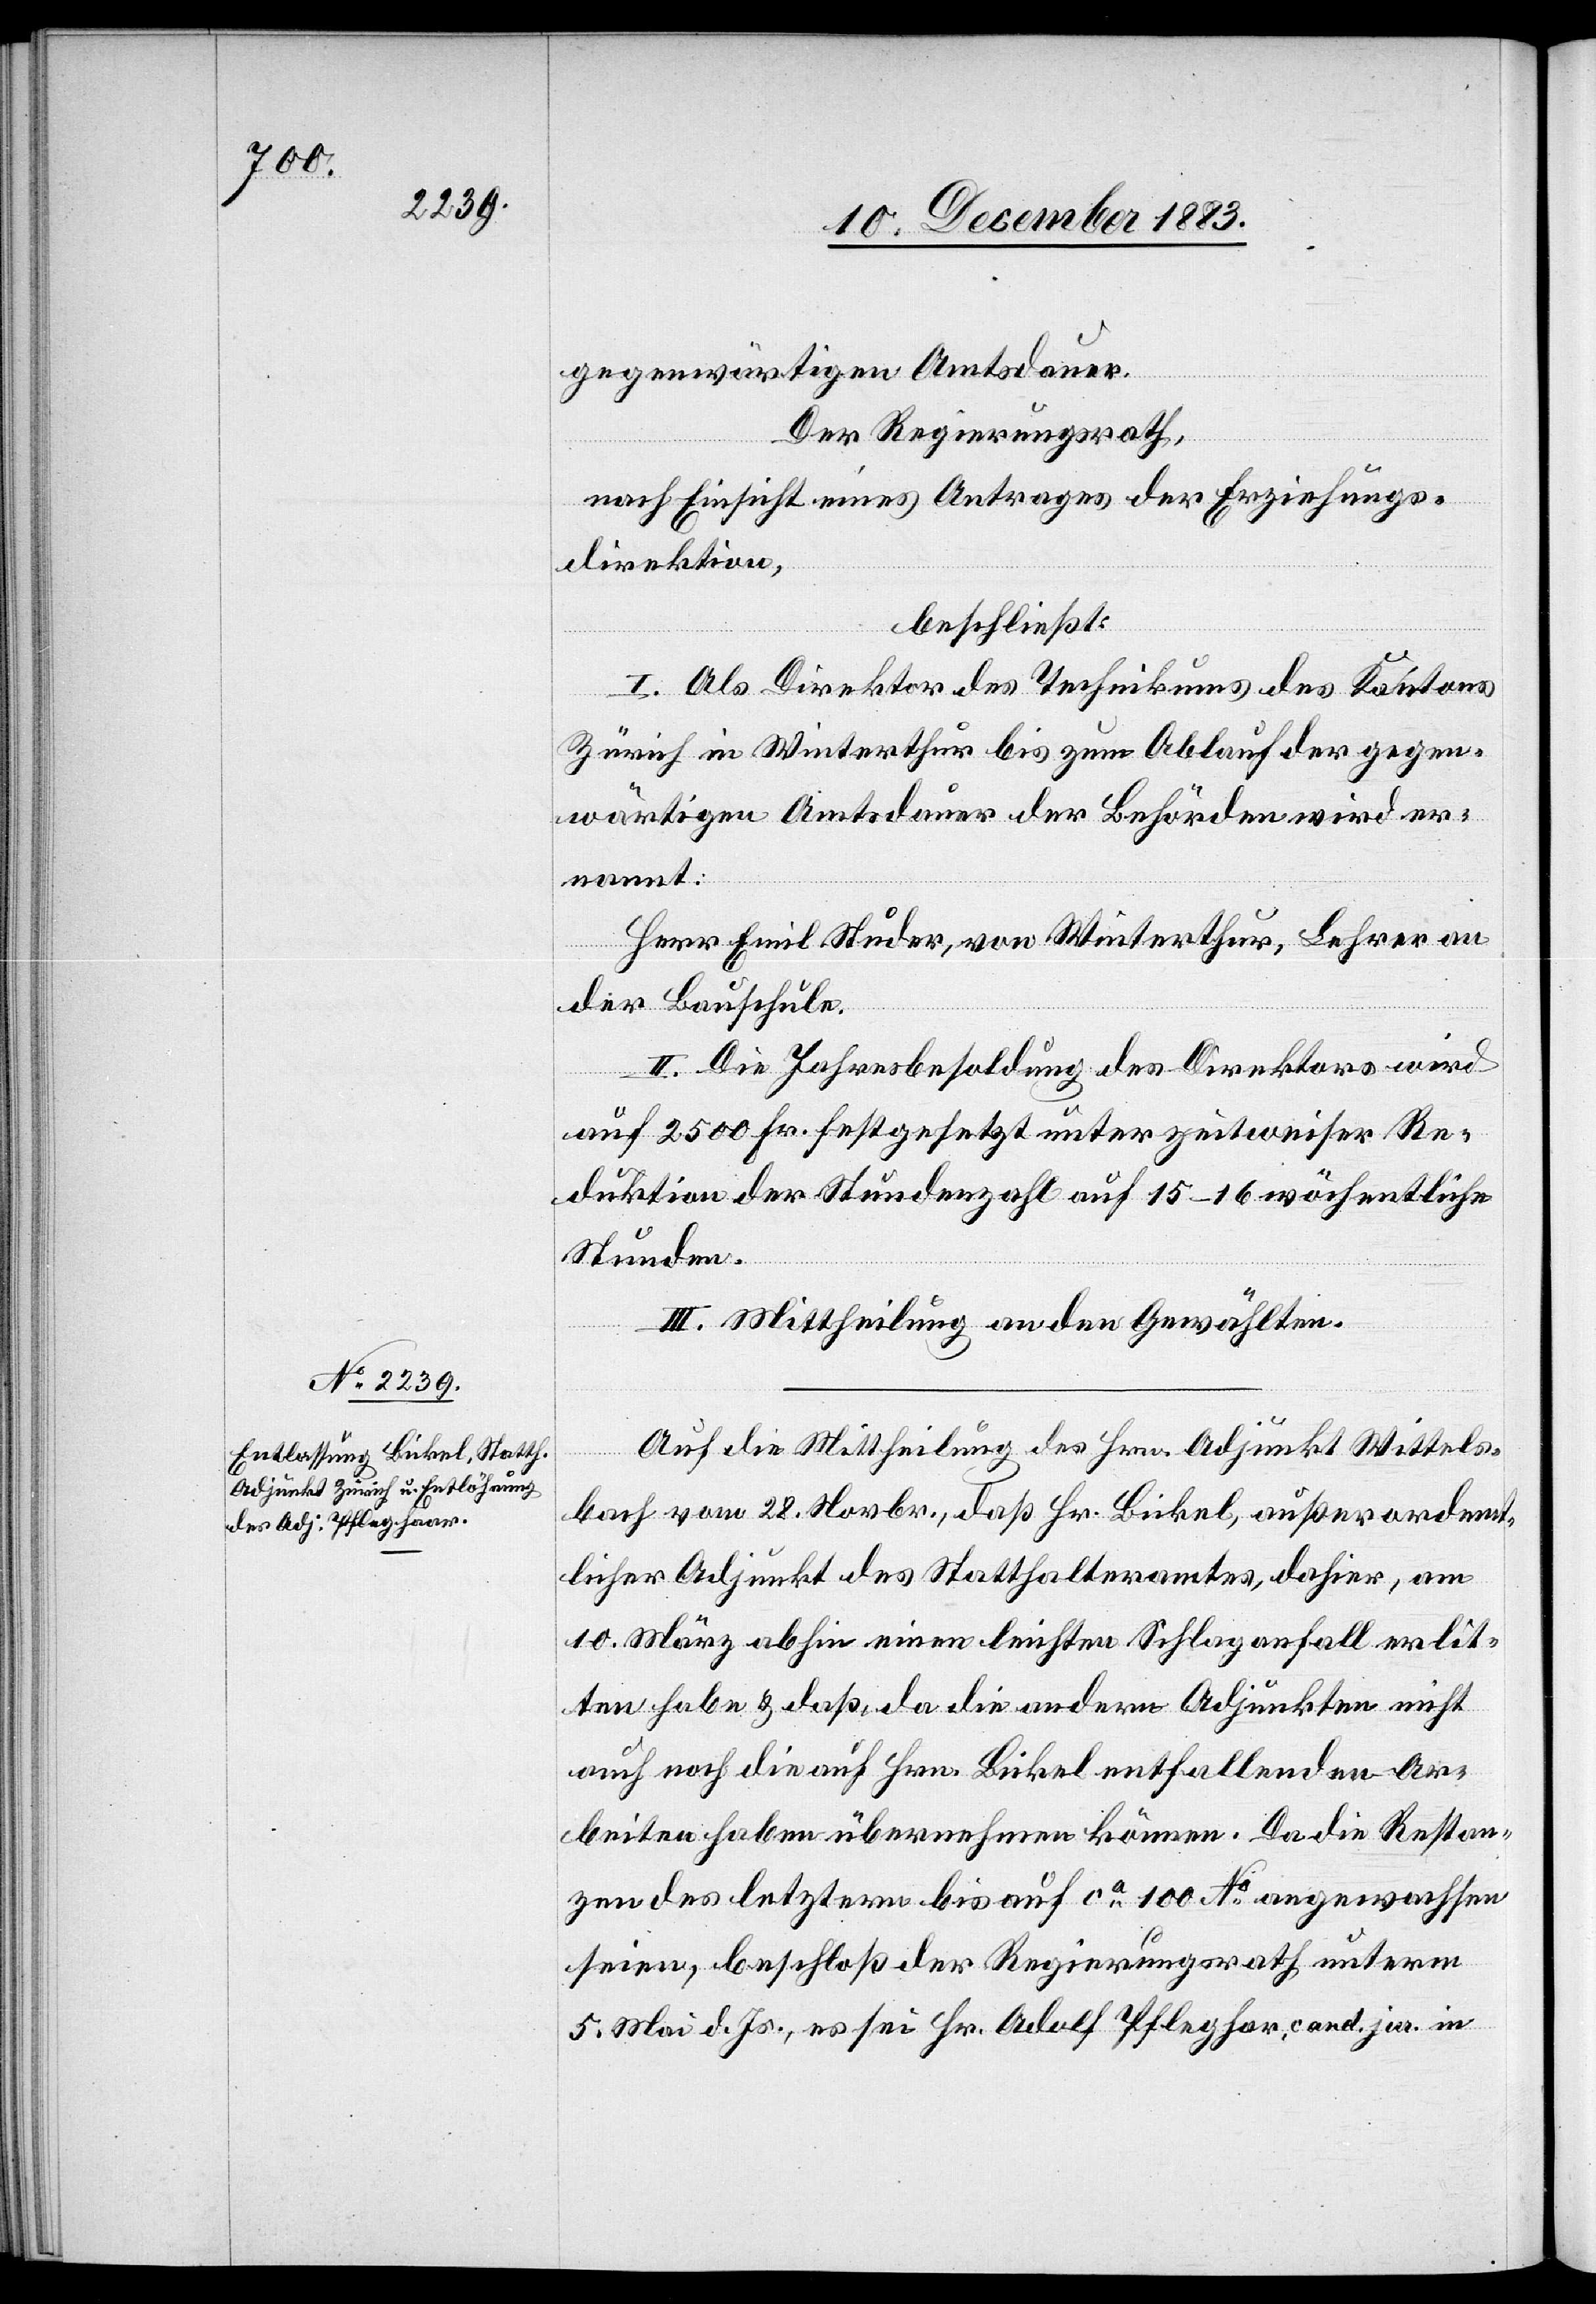
gegenwärtigen Amtsdauer.
Der Regierungsrath,
nach Einsicht eines Antrages der Erziehungs¬
direktion,
beschließt:
I. Als Direktor des Technikums des Kantons
Zürich in Winterthur bis zum Ablauf der gegen¬
wärtigen Amtsdauer der Behörden wird er¬
nannt:
Herr Emil Studer, von Winterthur, Lehrer an
der Bauschule.
II. Die Jahresbesoldung des Direktors wird
auf 2500 Fr. festgesetzt unter zeitweiser Re¬
duktion der Stundenzahl auf 15–16 wöchentliche
Stunden.
III. Mittheilung an den Gewählten.
Auf die Mittheilung des Hrn. Adjunkt Wittels¬
bach vom 28. Novbr., daß Hr. Bickel, außerordent¬
licher Adjunkt des Statthalteramtes, dahier, am
10. März abhin einen leichten Schlaganfall erlit¬
ten habe & daß, da die andern Adjunkten nicht
auch noch die auf Hrn. Bickel entfallenden Ar¬
beiten haben übernehmen können. Da die Restan¬
zen des letztern bis auf ca 100 No angewachsen
seien, beschloß der Regierungsrath unterm
5. Mai d. Js., es sei Hr. Pfleghar [sic!], cand. jur. in